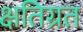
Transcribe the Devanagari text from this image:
क्षतिग्रत